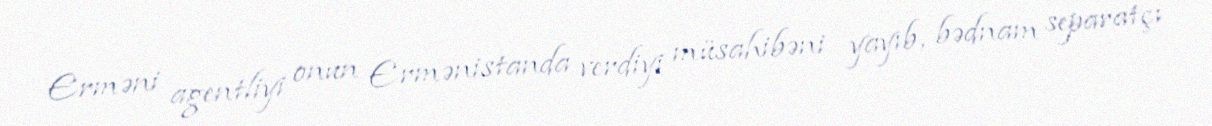
Erməni agentliyi onun Ermənistanda verdiyi müsahibəni yayıb, bədnam separatçı